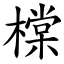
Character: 橖